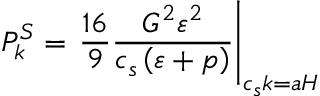
P _ { k } ^ { S } = \left. \frac { 1 6 } { 9 } \frac { G ^ { 2 } \varepsilon ^ { 2 } } { c _ { s } \left( \varepsilon + p \right) } \right| _ { c _ { s } k = a H }